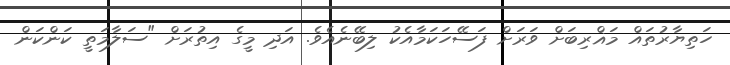
ހަތިޔާރުތައް މަޣްރިބަށް ވަރަށް ފަސޭހަކަމާއެކު ލިބޭނެއެވެ. އަދި މީގެ އިތުރަށް "ސަލާމަތީ ކަންކަން